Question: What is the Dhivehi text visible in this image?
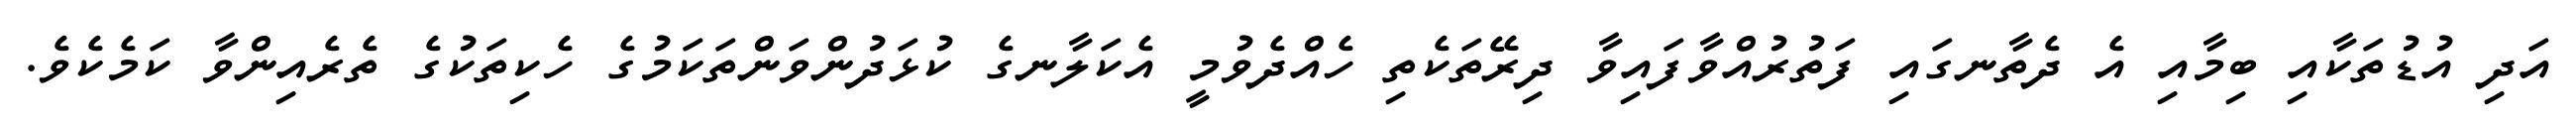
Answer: އަދި އުޑުތަކާއި ބިމާއި އެ ދެތާނގައި ފަތުރުއްވާފައިވާ ދިރޭތަކެތި ހެއްދެވުމީ އެކަލާނގެ ކުޅަދުންވަންތަކަމުގެ ހެކިތަކުގެ ތެރެއިންވާ ކަމެކެވެ.